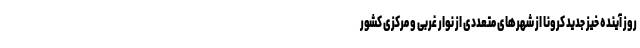
روز آینده خیز جدید کرونا از شهرهای متعددی از نوار غربی و مرکزی کشور